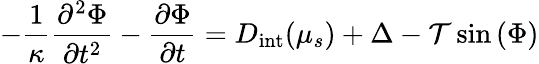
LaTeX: -\frac{1}{\kappa}\frac{\partial^{2}\Phi}{\partial{t}^{2}}-\frac{\partial\Phi}{\partial{t}}=D_{\mathrm{int}}(\mu_{s})+\Delta-\mathcal{T}\sin{\left(\Phi\right)}